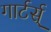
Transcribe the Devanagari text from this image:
गार्टर्स्